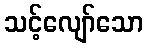
သင့်လျော်သော